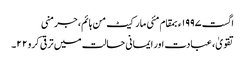
اگست ١٩٩٧ء بمقام مئی مارکیٹ من ہائم، جرمنی
تقویٰ ، عبادت اور ایمانی حالت میں ترقی کرو ٢٢۔